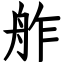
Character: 舴